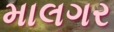
માલગર